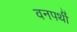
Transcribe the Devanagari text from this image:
वनपर्थी